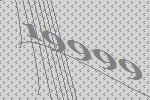
19999